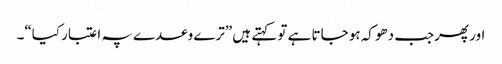
اور پھرجب دھوکہ ہو جاتا ہے تو کہتے ہیں ”ترے وعدے پہ اعتبار کیا“۔